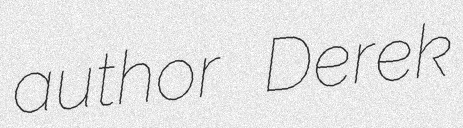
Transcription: author Derek